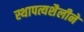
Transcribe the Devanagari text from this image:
स्थापत्यशैलीने